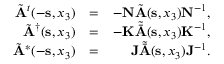
\begin{array} { r l r } { \tilde { \bf A } ^ { t } ( - { { \bf s } } , x _ { 3 } ) } & { = } & { - { \bf N } \tilde { \bf A } ( { { \bf s } } , x _ { 3 } ) { \bf N } ^ { - 1 } , } \\ { \tilde { \bf A } ^ { \dagger } ( { { \bf s } } , x _ { 3 } ) } & { = } & { - { \bf K } { \tilde { \bar { \bf A } } } ( { { \bf s } } , x _ { 3 } ) { \bf K } ^ { - 1 } , } \\ { \tilde { \bf A } ^ { * } ( - { { \bf s } } , x _ { 3 } ) } & { = } & { { \bf J } { \tilde { \bar { \bf A } } } ( { { \bf s } } , x _ { 3 } ) { \bf J } ^ { - 1 } . } \end{array}